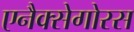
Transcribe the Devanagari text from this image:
एनैक्सेगोरस